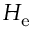
H _ { \mathrm { e } }